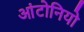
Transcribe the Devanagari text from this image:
आंटोनियो